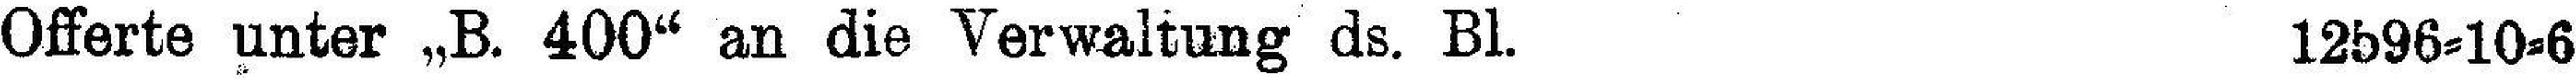
Offerte unter „B. 400“ an die Verwaltung ds. Bl. 12596=10=6